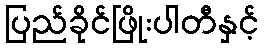
ပြည်ခိုင်ဖြိုးပါတီနှင့်